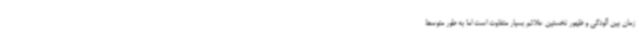
زمان بین آلودگی و ظهور نخستین علائم بسیار متفاوت است اما به طور متوسط